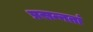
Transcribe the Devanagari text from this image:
प्रसन्नतां